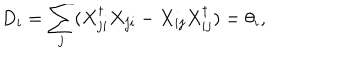
D _ { i } = \sum _ { j } ( X _ { j i } ^ { \dagger } X _ { j i } - X _ { i j } X _ { i j } ^ { \dagger } ) = \theta _ { i } ,